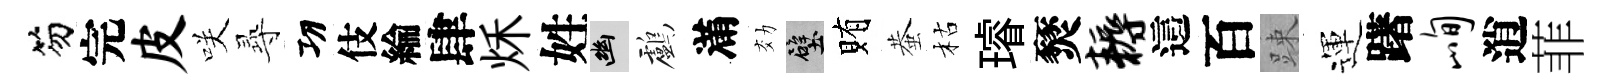
笏完皮咲𡬶㓛伎綸肆秌姓幽鸕滿効壁賄蛬枯璿燹耨這百踈運躇峋逍菲